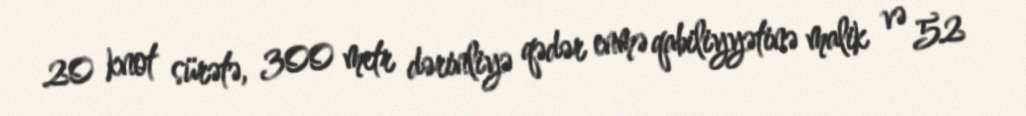
20 knot sürətə, 300 metr dərinliyə qədər enmə qabiliyyətinə malik və 52